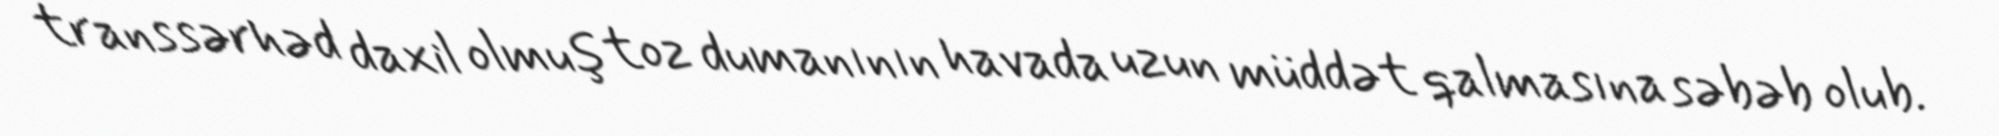
transsərhəd daxil olmuş toz dumanının havada uzun müddət qalmasına səbəb olub.